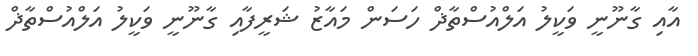
އާއި ގާނޫނީ ވަކީލު އަލްއުސްތާޛް ހަސަން މައާޒު ޝަރީފާއި ގާނޫނީ ވަކީލު އަލްއުސްތާޛް